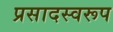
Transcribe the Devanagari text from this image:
प्रसादस्‍वरूप